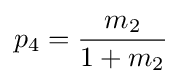
p_{4}={\frac {m_{2}}{1+m_{2}}}\